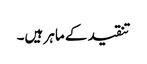
تنقید کے ماہر ہیں۔